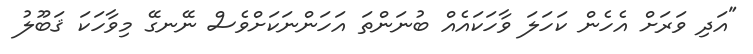
"އަދި ވަރަށް އެހެން ކަހަލަ ވާހަކައެއް ބުނަންތަ އަހަންނަކަށްވެސް ނޭނގޭ މިވާހަކަ ޤަބޫލު